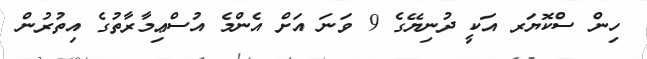
ހިން ސްކޮޔަރ އަކީ ދުނިޔޭގެ 9 ވަނަ އަށް އެންމެ އުސްޢިމާރާތުގެ އިތުރުން